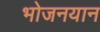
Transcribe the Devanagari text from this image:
भोजनयान